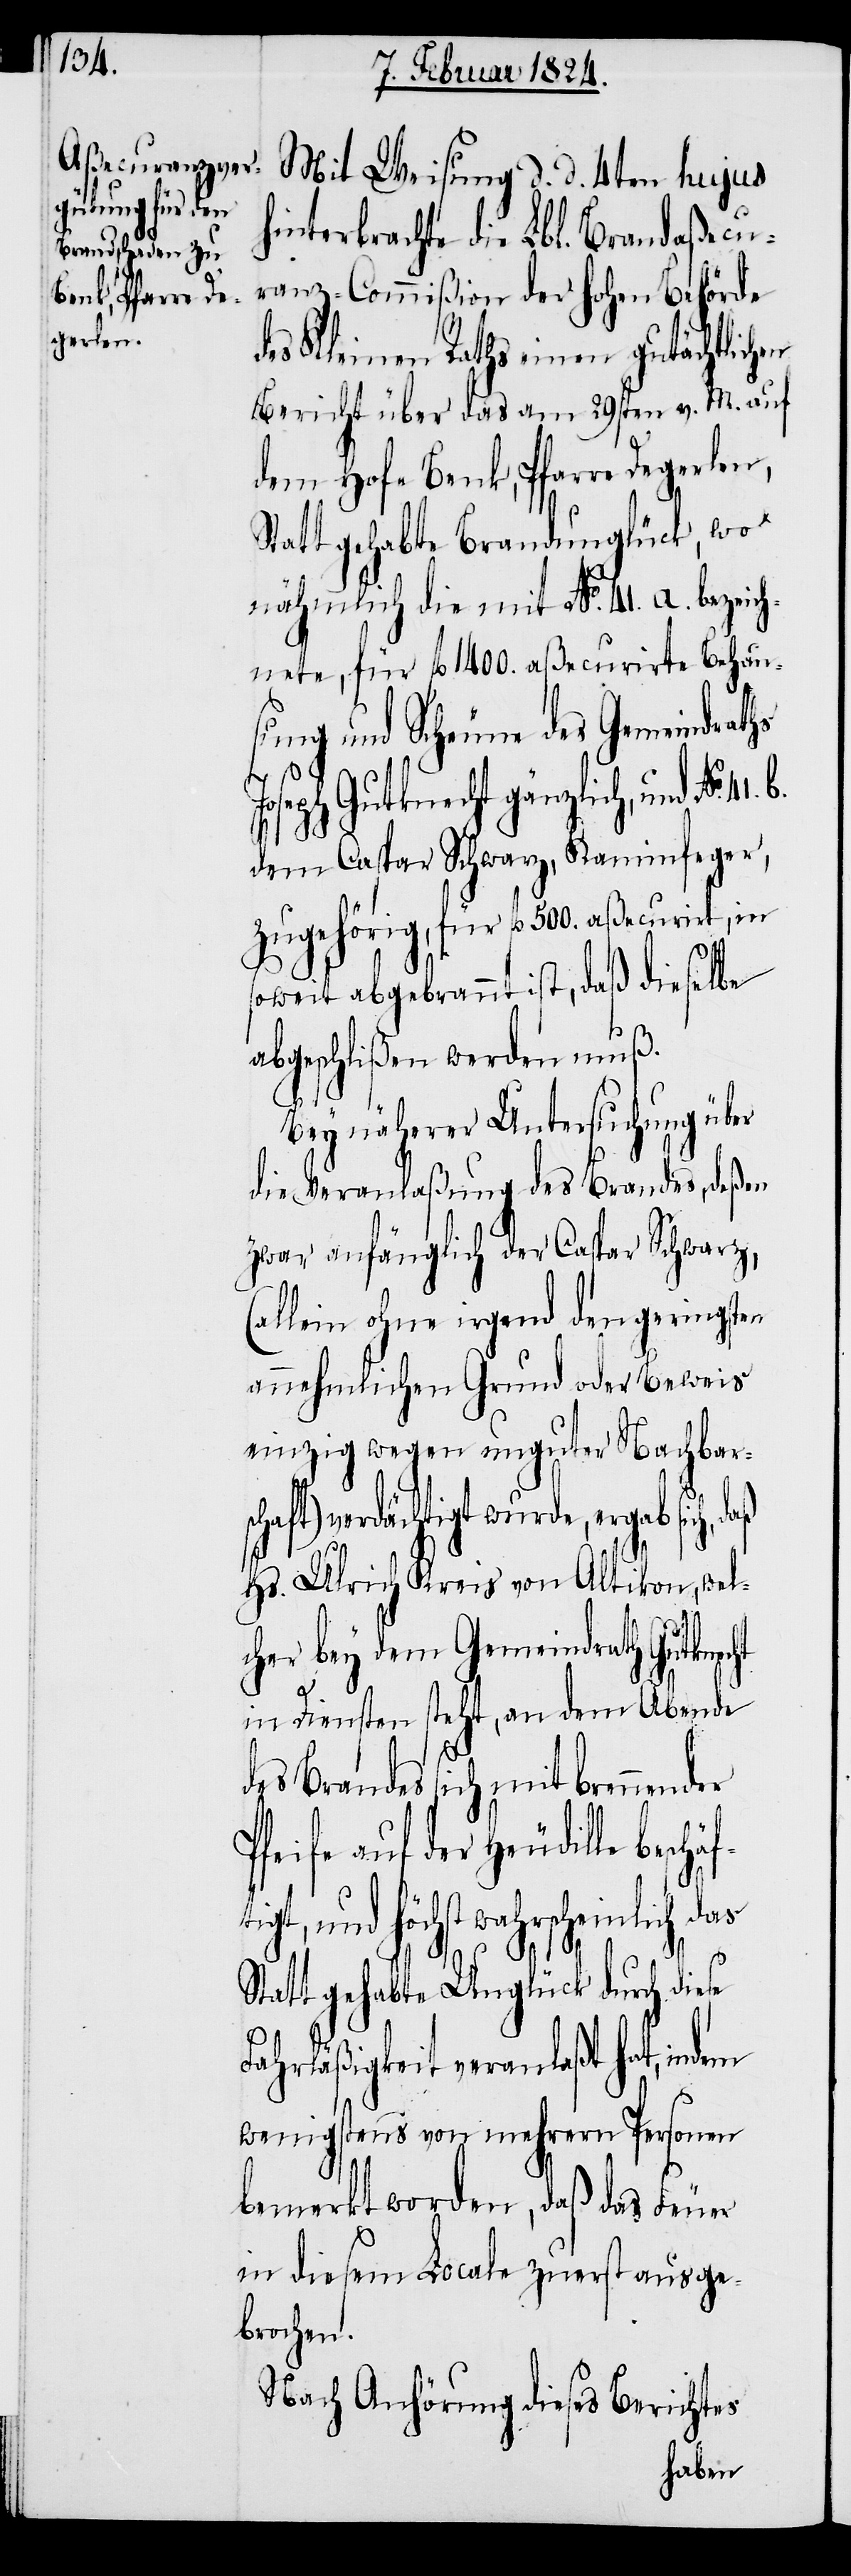
Mit Weisung d. d. 4ten hujus
hinterbrachte die Lbl. Brandaßecu¬
ranz-Commißion der hohen Behörde
des Kleinen Raths einen gutächtlich¬
Bericht über das am 29sten v. M. auf
dem Hofe Benk, Pfarre Degerlen,
Statt gehabte Brandunglück, wo
nähmlich die mit No. 41. a. bezeic¬
hnete, für fl. 1400. aßecurirte Behau¬
sung und Scheune des Gemeindrat¬
Joseph Gutknecht gänzlich, und No.
dem Caspar Schwarz, Kaminfeger,
zugehörig, für fl. 500. aßecurirt, in
soweit abgebrannt ist, daß dieselbe
abgeschlißen werden muß.
Bey näherer Untersuchung über
die Veranlaßung des Brandes, deßen
zwar anfänglich der Caspar Schwarz,
(allein ohne irgend den geringsten
annehmlichen Grund oder Beweis
einzig wegen unguter Nachbar¬
aft) verdächtigt wurde, ergab sich,
Hs. Ulrich Kreis von Altikon, wel¬
cher bey dem Gemeindrath Gutknecht
in Diensten steht, an dem Abende
des Brandes sich mit brennender
Pfeife auf der Heudille besch¬
tigt, und höchst wahrscheinlich das
dem
Statt gehabte Unglück durch diese
Fahrläßigkeit veranlaßt hat, in¬
wenigstens von mehrern Personen
bemerkt worden, daß das Feuer
in diesem Locale zuerst ausge¬
brochen.
Nach Anhörung dieses Berichtes